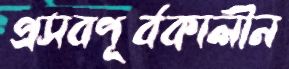
প্রসবপূর্বকালীন